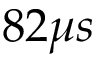
8 2 \mu s